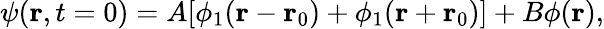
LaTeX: \psi(\mathbf{r},t=0)=A[\phi_{1}(\mathbf{r}-\mathbf{r}_{0})+\phi_{1}(\mathbf{r}+\mathbf{r}_{0})]+B\phi(\mathbf{r}),